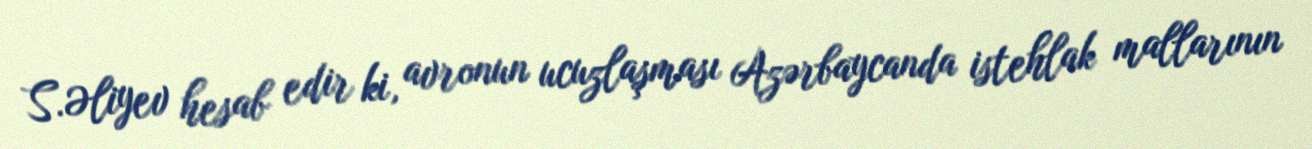
S.Əliyev hesab edir ki, avronun ucuzlaşması Azərbaycanda istehlak mallarının